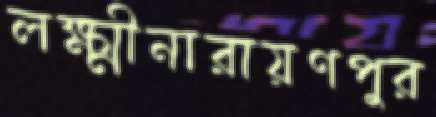
লক্ষ্মীনারায়ণপুর